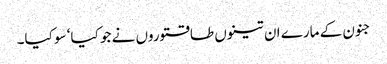
جنون کے مارے ان تینوں طاقتوروں نے جو کیا‘ سو کیا۔